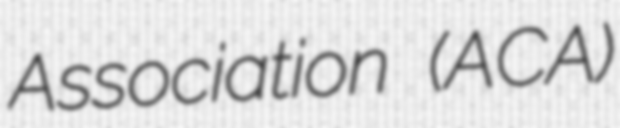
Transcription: Association (ACA)